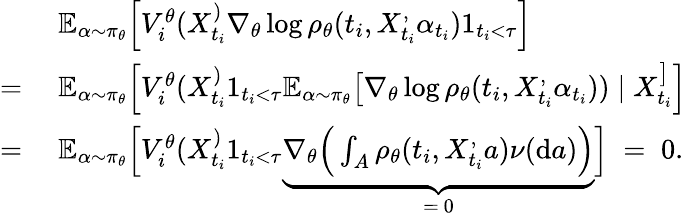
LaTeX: \begin{array}{rl}&{\; \mathbb{E}_{\alpha\sim\pi_{\theta}}\Big[V_{i}^{\theta}(X_{t_{i}}^)\nabla_{\theta}\log\rho_{\theta}(t_{i},X_{t_{i}}^,\alpha_{t_{i}})1_{t_{i}<\tau}\Big]}\\ {=}&{\; \mathbb{E}_{\alpha\sim\pi_{\theta}}\Big[V_{i}^{\theta}(X_{t_{i}}^)1_{t_{i}<\tau}\mathbb{E_{\alpha\sim\pi_{\theta}}}\big[\nabla_{\theta}\log\rho_{\theta}(t_{i},X_{t_{i}}^,\alpha_{t_{i}}))\mid X_{t_{i}}^\big]\Big]}\\ {=}&{\; \mathbb{E}_{\alpha\sim\pi_{\theta}}\Big[V_{i}^{\theta}(X_{t_{i}}^)1_{t_{i}<\tau}\underbrace{\nabla_{\theta}\Big(\int_{A}\rho_{\theta}(t_{i},X_{t_{i}}^,a)\nu(\mathrm{d}a)\Big)}_{=\ 0}\Big]\; =\; 0.}\end{array}